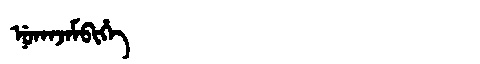
Manchu: ᠨᡠᡴᠠᠵᠠᠮᠪᡳᡥᡝ
Romanization: NUKAJAMBIHE